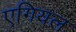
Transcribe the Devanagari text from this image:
एगियल